Leaving Certificate Examination, 1907
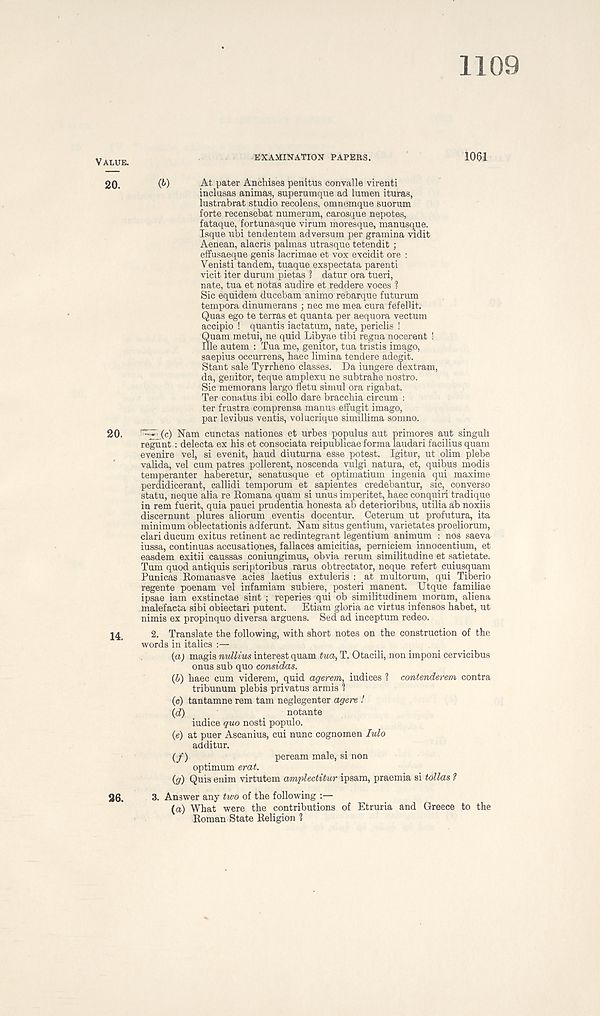
1109
EXAMINATION PAPERS.
10§1
(b)
At pater Anchisea penitus convalle virenti
inclusas animas, superumqne ad lumen ituras,
lustrabrat studio recolens, omnemque suorum
forte recensebat numerum, carosque nepotes,
fataque, fortunasque virum moresque, manusque.
Isque ubi tendentem adversum per gramina vidit
Aenean, alacris palmas utrasque tetendit ;
effusaeque genis lacrimae et vox excidit ore :
Venisti tandem, tuaque exspectata parenti
vicit iter durum pietas 1 datur ora tueri,
nate, tua et notas audire et reddere voces ?
Sic equidem ducebam animo rebarque futurum
tempora dinumerans ; nec me mea cura fefellit.
Quas ego te terras et quanta per aequora vectum
accipio ! quantis iactatum, nate, periclis !
Guam metui, ne quid Libyae tibi regna nocerent !
Ille autem : Tua me, genitor, tua tristis imago,
saepius occurrens, haec limina tendere adegit.
Stant sale Tyrrhene classes. Da iungere dextram,
da, genitor, teque amplexu ne subtrahe nostro.
Sic memorans largo fletu simul ora rigabat.
Ter conatus ibi collo dare bracchia circum :
ter frustra comprensa manus effugit imago,
par levibus ventis, volucrique simillima somno.
rcp (c) Nam cunctas nationes et urbes populus aut primores aut singuh
regunt: delecta ex his et consociata reipublicae forma laudari facilius quam
evenire vel, si evenit, baud diuturna esse potest. Igitur, ut olim plebe
valida, vel cum patres pollerent, noscenda vulgi natura, et, quibus modis
temperanter haberetur, senatusque et optimatium ingenia qui maxime
perdidicerant, callidi temporum et sapientes credebantur, sic, converse
statu, neque alia re Romana quam si unus imperitet, haec conquiri tradique
in rem fuerit, quia pauci prudentia honesta ab deterioribus, utilia ab noxiis
discernunt plures aliorum eventis docentur. Ceterum ut profutura, ita
minimum oblectationis adferunt. Nam situs gentium, varietates proeliorum,
clari ducum exitus retinent ac redintegrant legentium animum : nos saeva
iussa, continuas accusationes, fallaces amicitias, perniciem innocentium, et
easdem exitii caussas coniungimus, obvia rerum similitudine et satietate.
Turn quod antiquis scriptoribus rarus obtrectator, neque refert cuiusquam
Punicas Romanasve acies laetius extuleris : at multorum, qui Tiberio
regente poenam vel infamiam subiere, poster! manent. Utque familiae
ipsae iam exstinctae sint ; reperies qui ob similitudinem morum, aliena
malefaeta sibi obiectari putent.
Etiam gloria ac virtus infensos habet, ut
nimis ex propinquo diversa arguens. Sed ad inceptum redeo.
2. Translate the following, with short notes on the construction of the
words in italics :—
(a) magis nullius interest quam tua, T. Otacili, non imponi cervicibus
onus sub quo considas.
(b) haec cum viderem, quid agerem, iudices 1 contenderem contra
tribunum plebis privatus armis 1
(o) tantamne rem tam neglegenter agere !
(d)
notante
iudice guo nosti populo.
(e) at puer Ascanius, cui nunc cognomen lulo
additur.
(/)
peream male, si non
optimum erat.
(g) Quis enim virtutem amplectitur ipsam, praemia si tollas ?
3. Answer any two of the following :—
(a) What were the contributions of Etruria and Greece to the
Roman State Religion 1